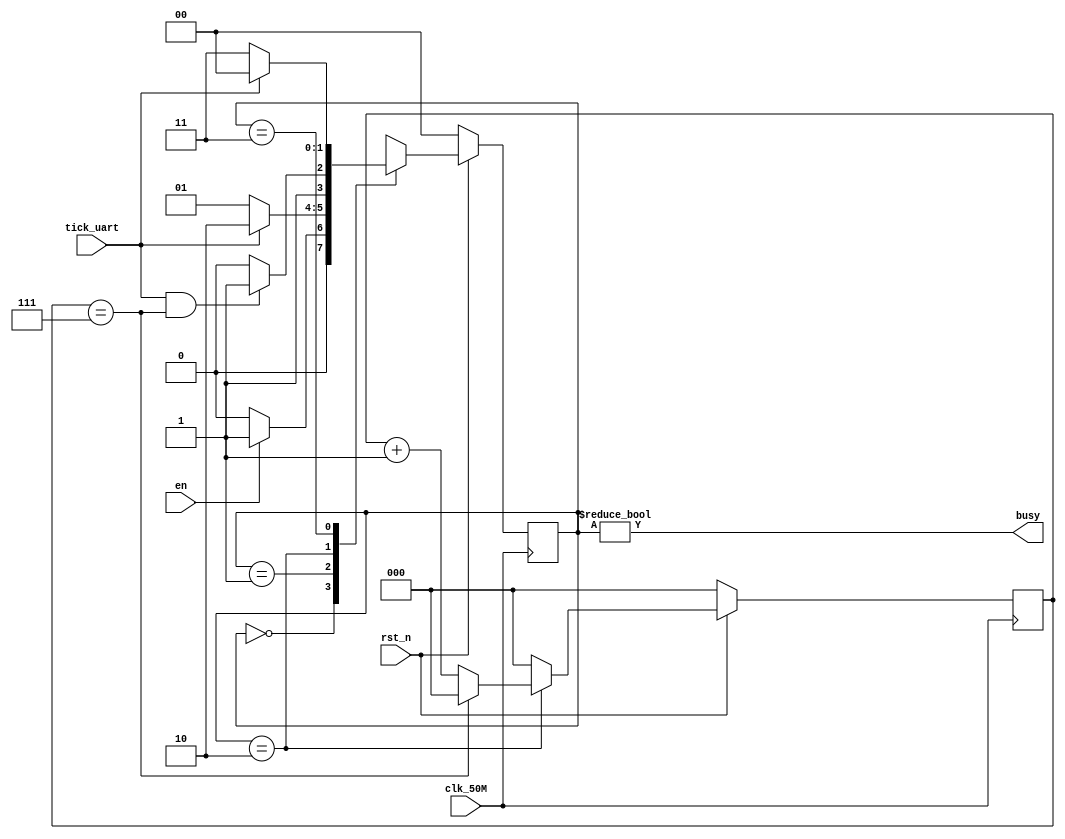
module fsm_TX (
  input clk_50M,
  input rst_n,
  input en,
  input tick_uart,
  output busy

);
  
reg [1:0] state;
reg [1:0] next;
wire countflag;
parameter IDLE = 2'd0;
parameter START = 2'd1;
parameter SHIFT = 2'd2;
parameter STOP = 2'd3;

assign busy = (state != IDLE);

always @(posedge clk_50M) begin
  if (!rst_n) begin
   state <= IDLE; 
  end
  else begin
    state <= next;
  end
  
end
always @* begin
  case (state)
    IDLE: begin
      if(en)
        next = START;
      else
        next = IDLE;
    end
    START: begin
      if(tick_uart)
        next = SHIFT;
      else 
        next = START; 
    end
    SHIFT: begin
      if(tick_uart == 1'b1 && countflag == 1'b1)
        next = STOP;
      else
        next = SHIFT;  
    end
    STOP: begin
      if (tick_uart == 1'b1) begin
        next = IDLE;
      end
      else 
        next = STOP;
    end
    default:
      next = IDLE; 
  endcase
  
end
//counter
reg [2:0] counter;
always @(posedge clk_50M) begin
  if (!rst_n) begin
    counter <= 1'b0;
  end
  else begin
    if (state == SHIFT) begin
      if (counter == 3'd7) begin
        counter <= 1'b0;
      end
      else begin
        counter <= counter + 1'b1;
      end
    end
    else begin
      counter <= 1'b0;
    end
  end
end
assign countflag = (counter == 3'd7);
endmodule